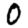
Digit: 0